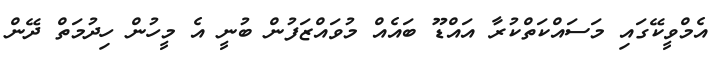
އެމްވީކޭގައި މަސައްކަތްކުރާ އައްޑޫ ބައެއް މުވައްޒަފުން ބުނީ އެ މީހުން ހިދުމަތް ދޭން